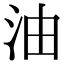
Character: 油